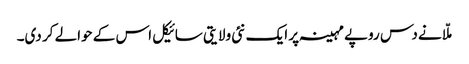
ملّا نے دس روپے مہینہ پر ایک نئی ولایتی سائیکل اس کے حوالے کر دی۔